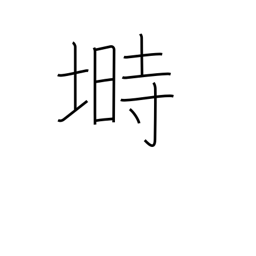
Meaning: hen coop